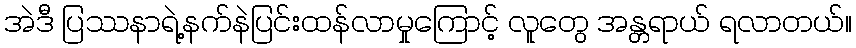
အဲဒီ ပြဿနာရဲ့နက်နဲပြင်းထန်လာမှုကြောင့် လူတွေ အန္တရာယ် ရလာတယ်။